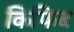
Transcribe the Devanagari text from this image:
किफिब